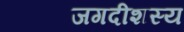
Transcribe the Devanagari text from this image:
जगदीशस्य